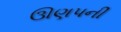
ઊણપની